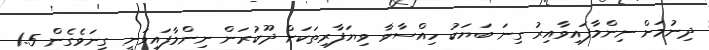
ދިނުމަށް ނިންމާފައިވާއިރު ގިނަ ބަޔަކު ހިއްސާވާ ވިޔަފާރިތަކަށް ދޫކުރަން ނިންމާފައިވަނީ ގިނަވެގެން 1.5